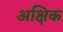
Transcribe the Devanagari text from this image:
अक्षिक